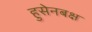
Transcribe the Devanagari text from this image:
हुसेनबक्ष